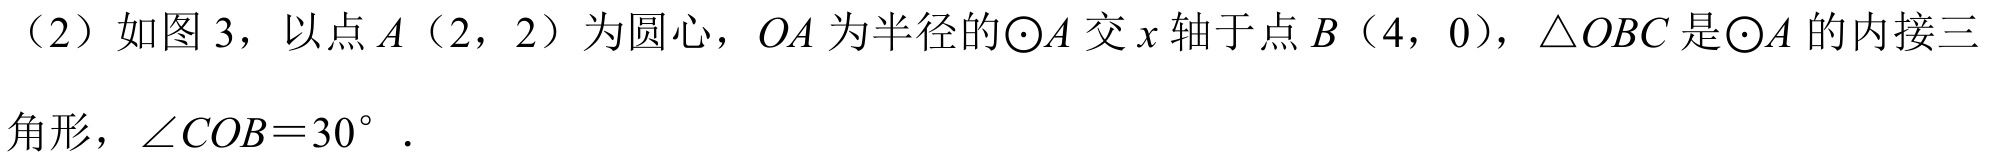
（2）如图 3，以点$A（2，2）$为圆心，$OA$为半径的$\odot A$交$x$轴于点$B（4，0）$，$\triangle OBC$是$\odot A$的内接三角形，$\angle COB = 30^{\circ}$．